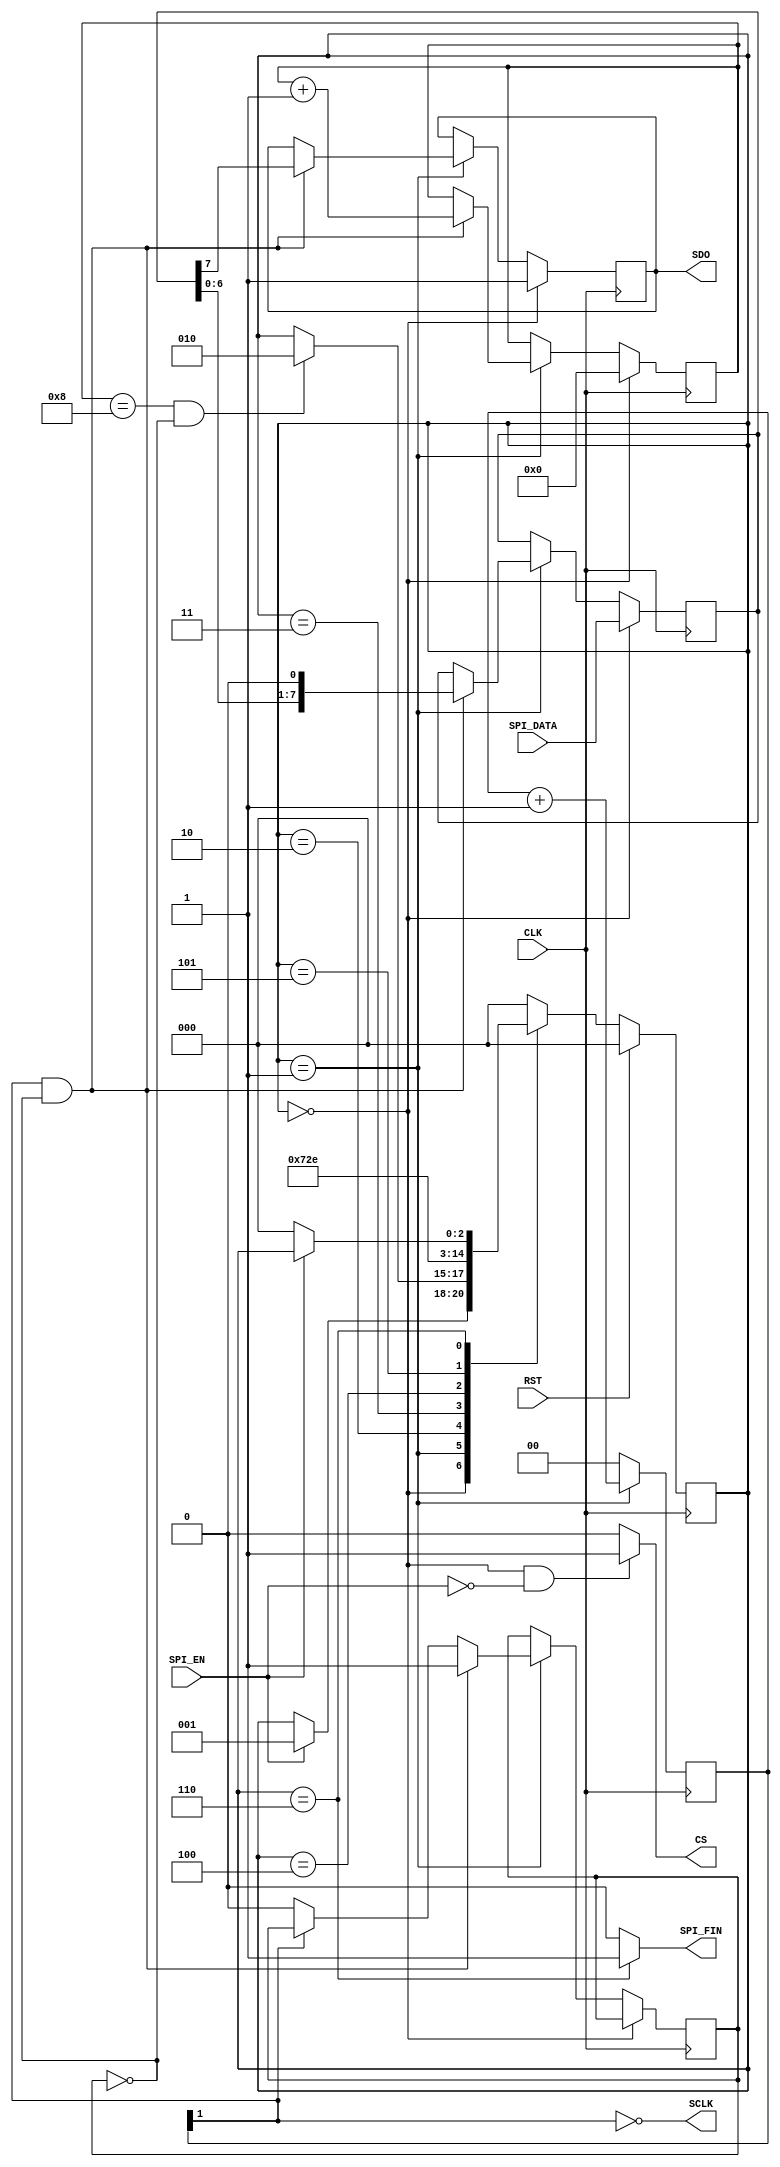
module SpiCtrl_OLED(
    CLK,
    RST,
    SPI_EN,
    SPI_DATA,
    CS,
    SDO,
    SCLK,
    SPI_FIN
    );

	// ===========================================================================
	// 										Port Declarations
	// ===========================================================================
    input CLK;
    input RST;
    input SPI_EN;
    input [7:0] SPI_DATA;
    output CS;
    output SDO;
    output SCLK;
    output SPI_FIN;

	// ===========================================================================
	// 							  Parameters, Regsiters, and Wires
	// ===========================================================================
	wire CS, SDO, SCLK, SPI_FIN;
	
	reg [7:0] shift_register = 8'h00;		// Shift register to shift out SPI_DATA saved when SPI_EN was set
	reg [3:0] shift_counter = 4'h0;			// Keeps track how many bits were sent
	wire clk_divided;						// Used as SCLK
	reg [1:0] counter = 2'b00;				// Count clocks to be used to divide CLK
	reg temp_sdo = 1'b1;					// Tied to SDO
	
	reg falling = 1'b0;						// signal indicating that the clk has just fell
	
	parameter Idle = 3'd0, Send = 3'd1, Hold1 = 3'd2, Hold2 = 3'd3, Hold3 = 3'd4, Hold4 = 3'd5, Done = 3'd6;
	reg [2:0] current_state = Idle;

	// ===========================================================================
	// 										Implementation
	// ===========================================================================
	assign clk_divided = ~counter[1];
	assign SCLK = clk_divided;
	assign SDO = temp_sdo;
	
	assign CS = (current_state == Idle && SPI_EN == 1'b0) ? 1'b1 : 1'b0;
	assign SPI_FIN = (current_state == Done) ? 1'b1 : 1'b0;
	
	//  State Machine
	always @(posedge CLK) begin
			if(RST == 1'b1) begin							// Synchronous RST
				current_state <= Idle;
			end
			else begin
			
				case(current_state)

					// Wait for SPI_EN to go high
					Idle : begin
						if(SPI_EN == 1'b1) begin
							current_state <= Send;
						end
					end

					// Start sending bits, transition out when all bits are sent and SCLK is high
					Send : begin
						if(shift_counter == 4'h8 && falling == 1'b0) begin
							current_state <= Hold1;
						end
					end
					
					// Hold CS low for a bit
					Hold1 : begin
						current_state <= Hold2;
					end

					// Hold CS low for a bit
					Hold2 : begin
						current_state <= Hold3;
					end

					// Hold CS low for a bit
					Hold3 : begin
						current_state <= Hold4;
					end

					// Hold CS low for a bit
					Hold4 : begin
						current_state <= Done;
					end

					// Finish SPI transimission wait for SPI_EN to go low
					Done : begin
						if(SPI_EN == 1'b0) begin
							current_state <= Idle;
						end
					end

					default : current_state <= Idle;

				endcase
			end
	end
	//  End of State Machine

	
	//  Clock Divider
	always @(posedge CLK) begin
			//  start clock counter when in send state
			if(current_state == Send) begin
				counter <= counter + 1'b1;
			end
			//  reset clock counter when not in send state
			else begin
				counter <= 2'b00;
			end
	end
	//  End Clock Divider
	
	
	//  SPI_SEND_BYTE,  sends SPI data formatted SCLK active low with SDO changing on the falling edge
	always @(posedge CLK) begin
			if(current_state == Idle) begin
					shift_counter <= 4'h0;
					// keeps placing SPI_DATA into shift_register so that when state goes to send it has the latest SPI_DATA
					shift_register <= SPI_DATA;
					temp_sdo <= 1'b1;
			end
			else if(current_state == Send) begin
					//  if on the falling edge of Clk_divided
					if(clk_divided == 1'b0 && falling == 1'b0) begin
							//  Indicate that it is passed the falling edge
							falling <= 1'b1;
							// send out the MSB
							temp_sdo <= shift_register[7];
							//  Shift through SPI_DATA
							shift_register <= {shift_register[6:0],1'b0};
							//  Keep track of what bit it is on
							shift_counter <= shift_counter + 1'b1;
					end
					//  on SCLK high reset the falling flag
					else if(clk_divided == 1'b1) begin
						falling <= 1'b0;
					end
			end
	end

endmodule